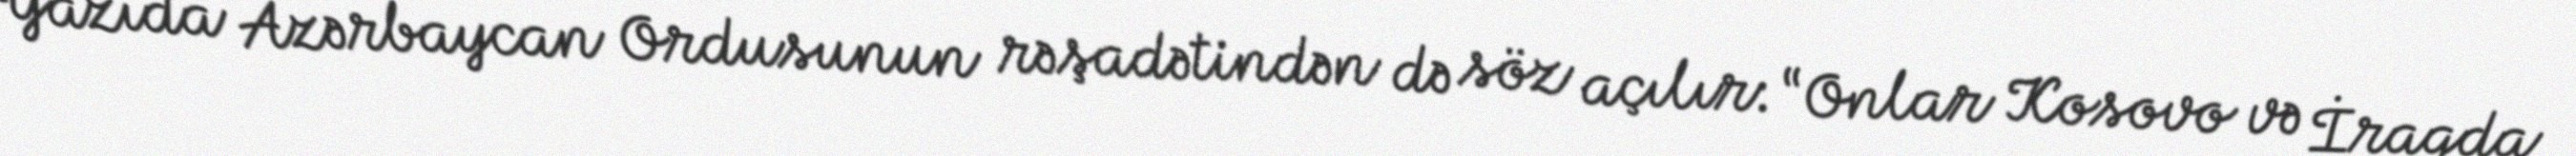
Yazıda Azərbaycan Ordusunun rəşadətindən də söz açılır: “Onlar Kosovo və İraqda